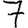
Digit: 7